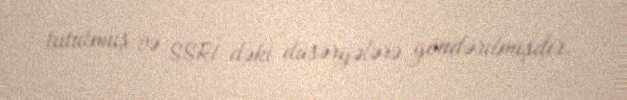
tutulmuş və SSRİ-dəki düşərgələrə göndərilmişdir.